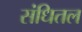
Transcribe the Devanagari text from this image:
संधितल